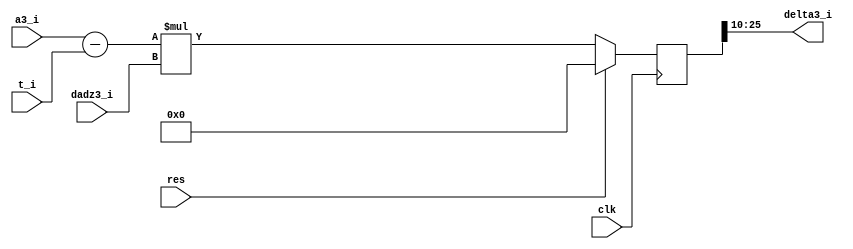
`timescale 1ns / 1ps
//////////////////////////////////////////////////////////////////////////////////
// Company: Kyushu Institute of Technology
// 
// Design Name:    Neural Network (using backpropagation)
// Module Name:    delta3 
// Project Name:   LSI Design Contest in Okinawa 2018
// Target Devices: 
// Tool versions: 
//
// Description: 
//			Calculation of delta3 with 3 input and 1 output
// Input : 
//		clk		    : 1 bit
//		reset		: 1 bit : high active
//		a3_i		: 16 bits 00_0000.0000_0000_00 signed : output value of third layer
//		t_i		    : 16 bits 00_0000.0000_0000_00 signed : supervisor value
//		dadz3_i	    : 16 bits 00_0000.0000_0000_00 signed : differential of sigmoid
//
// Output:
//		delta3_i	: 16 bits 00_0000.0000_0000_00 signed : delta3
//
// Dependencies: 
//
// Revision: 
// Revision 0.01 - File Created
// Additional Comments: 
//
//////////////////////////////////////////////////////////////////////////////////

module delta3(clk, res, a3_i, t_i, dadz3_i, delta3_i);
	 input			  clk;
	 input				res;
	 input 	signed [15:0]    	a3_i;
	 input 	signed [15:0]	  	t_i;
	 input 	signed [15:0]		dadz3_i;
    output 	signed [15:0]		delta3_i;

	 reg		signed [31:0]		tmp_delta3_i;
	 
	 always@(posedge clk)
	 begin
		if (res == 1'b1)
			tmp_delta3_i = 0;
		else
			tmp_delta3_i = (a3_i - t_i) * dadz3_i;
	 end
	
	 assign  delta3_i = tmp_delta3_i[25:10];	
endmodule